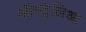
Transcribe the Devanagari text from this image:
ऑस्ट्रेलिआ